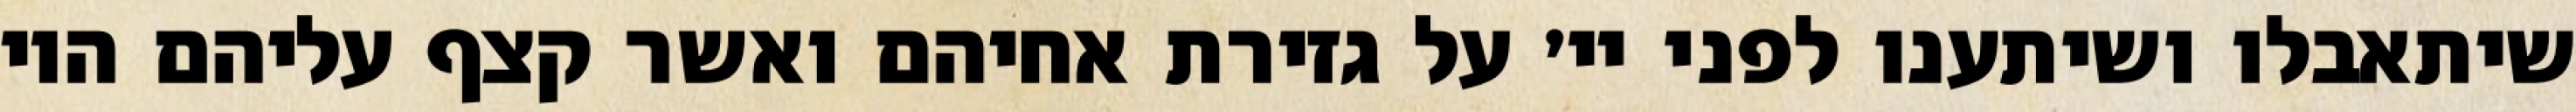
שיתאבלו ושיתענו לפני יי׳ על גזירת אחיהם ואשר קצף עליהם היו